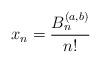
LaTeX: \begin{align*}x_{n}=\frac{B_{n}^{\left(a,b\right)}}{n!}\end{align*}